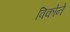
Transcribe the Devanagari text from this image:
विकोने